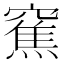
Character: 䆶